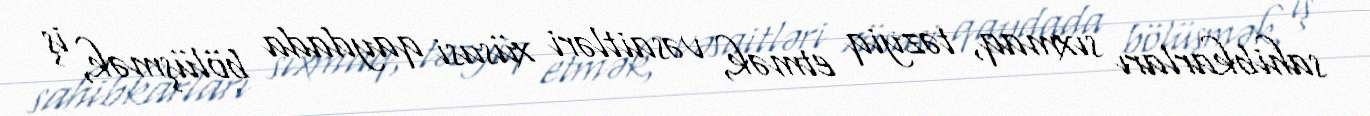
sahibkarları sıxmaq, təzyiq etmək, vəsaitləri xüsusi qaydada bölüşmək, iş